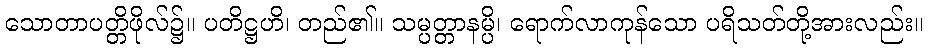
သောတာပတ္တိဖိုလ်၌။ ပတိဋ္ဌဟိ၊ တည်၏။ သမ္ပတ္တာနမ္ပိ၊ ရောက်လာကုန်သော ပရိသတ်တို့အားလည်း။